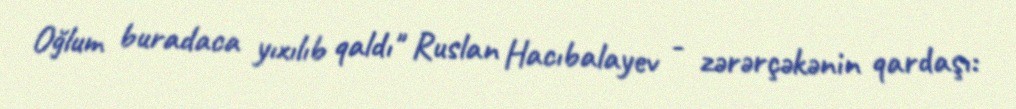
Oğlum buradaca yıxılıb qaldı" Ruslan Hacıbalayev - zərərçəkənin qardaşı: